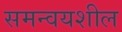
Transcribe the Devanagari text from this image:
समन्वयशील